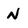
Character: N